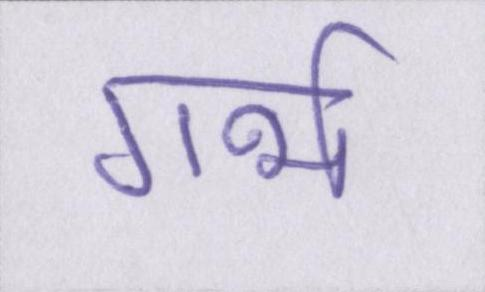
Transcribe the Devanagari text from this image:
गर्भ